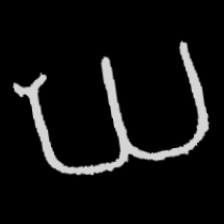
Pyu character \u2014 Myanmar letter: ဃ (romanized: gha)